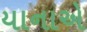
યાનાએ